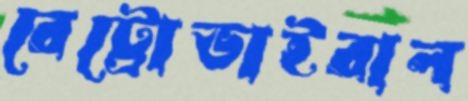
রেট্রোভাইরাল